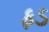
ફડ